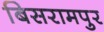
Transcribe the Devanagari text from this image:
बिसरामपुर